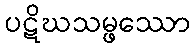
ပဋိဃသမ္ဖဿော